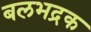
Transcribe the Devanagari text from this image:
बलभद्रक